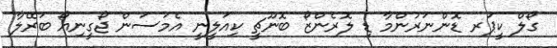
ގޯލް ކީޕަރ ޑޮންނަރުންމާ ޑި ލޮރެންޒޯ ބޮނޫޗީ ކިއަލީނީ އެމަސަން ޖޯގީނިއޯ ބަރޭލާ